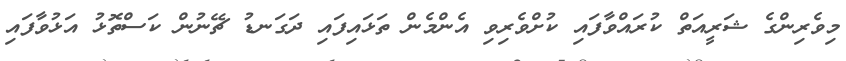
މިވެރިންގެ ޝަރީއަތް ކުރައްވާފައި ކުށްވެރިވި އެންމެން ތަޅައިފައި ދަގަނޑު ޗޭނުން ކަސްތޮޅު އަޅުވާފައި